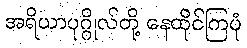
အရိယာပုဂ္ဂိုလ်တို့ နေထိုင်ကြပုံ